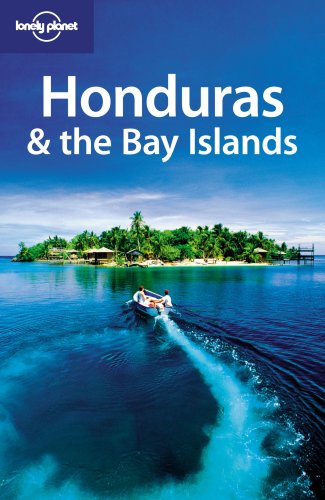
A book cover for Lonely Planet Honduras & the Bay Islands (Country Travel Guide); Greg Benchwick; Travel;